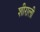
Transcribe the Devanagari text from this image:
शीराली